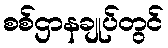
စစ်ဌာနချုပ်တွင်